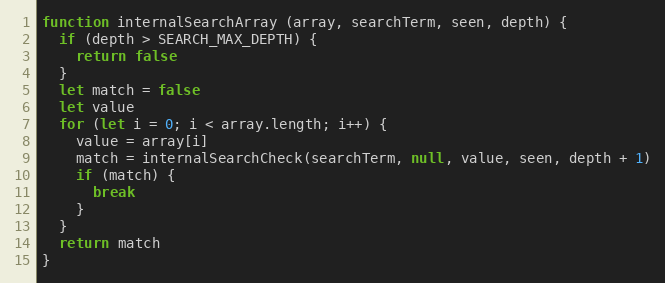
Language: JavaScript
function internalSearchArray (array, searchTerm, seen, depth) {
  if (depth > SEARCH_MAX_DEPTH) {
    return false
  }
  let match = false
  let value
  for (let i = 0; i < array.length; i++) {
    value = array[i]
    match = internalSearchCheck(searchTerm, null, value, seen, depth + 1)
    if (match) {
      break
    }
  }
  return match
}